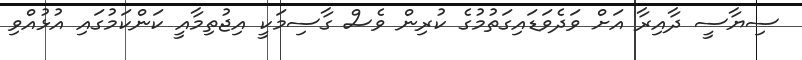
ސިޔާސީ ދާއިރާ އަށް ވަދެވަޑައިގަތުމުގެ ކުރިން ވެސް ގާސިމަކީ އިޖުތިމާއީ ކަންކަމުގައި އުޅުއްވި